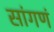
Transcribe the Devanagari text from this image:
सांगणं